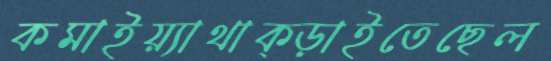
কমাইয়্যাথাক্‌ড়াইতেছেল